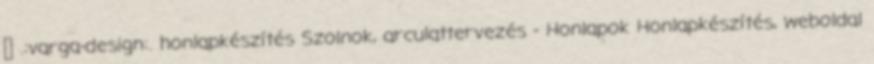
→ .:varga-design:. honlapkészítés Szolnok, arculattervezés - Honlapok Honlapkészítés, weboldal